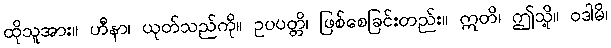
ထိုသူအား။ ဟီနာ၊ ယုတ်သည်ကို။ ဥပပတ္တိ၊ ဖြစ်စေခြင်းတည်း။ ဣတိ၊ ဤသို့။ ဝဒါမိ၊